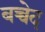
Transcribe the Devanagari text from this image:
बच्चेद